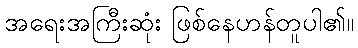
အရေးအကြီးဆုံး ဖြစ်နေဟန်တူပါ၏။